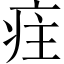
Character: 疰